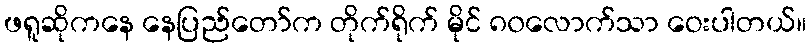
ဖရူဆိုကနေ နေပြည်တော်က တိုက်ရိုက် မိုင် ၈၀လောက်သာ ဝေးပါတယ်။